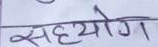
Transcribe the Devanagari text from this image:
सहयोग